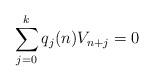
LaTeX: \begin{align*}\sum_{j=0}^k q_{j}(n) V_{n+j}=0\end{align*}